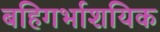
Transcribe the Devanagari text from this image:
बहिगर्भाशयिक